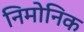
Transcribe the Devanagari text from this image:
निमोनिक